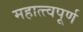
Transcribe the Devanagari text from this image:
महात्त्वपूर्ण